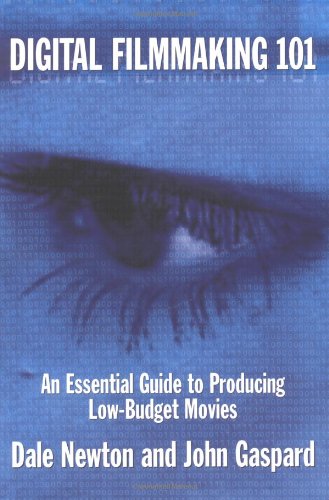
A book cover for Digital Filmmaking 101: An Essential Guide to Producing Low Budget Movies; Dale Newton; Humor & Entertainment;